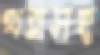
খরাসহ